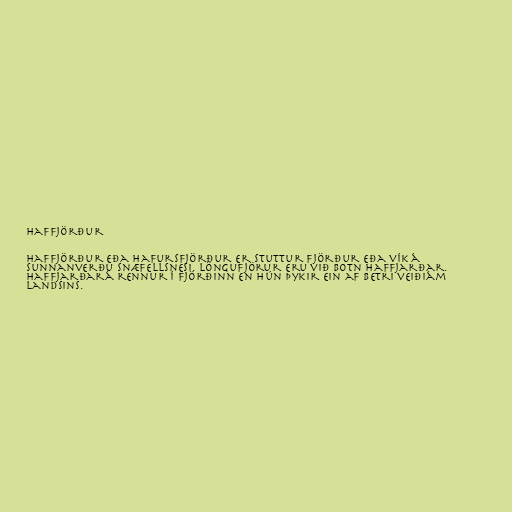
Haffjörður

Haffjörður eða Hafursfjörður er stuttur fjörður eða vík á
sunnanverðu Snæfellsnesi. Löngufjörur eru við botn Haffjarðar.
Haffjarðará rennur í fjörðinn en hún þykir ein af betri veiðiám
landsins.